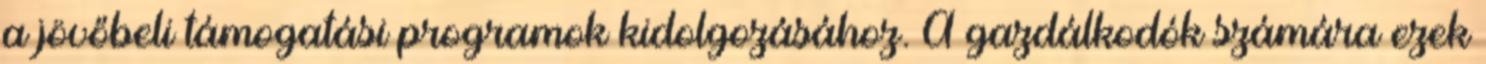
a jövőbeli támogatási programok kidolgozásához. A gazdálkodók számára ezek